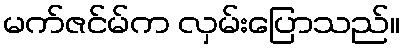
မက်ဇင်မ်က လှမ်းပြောသည်။